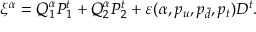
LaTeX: \xi ^ { \alpha } = Q _ { 1 } ^ { \alpha } { \cal P } _ { 1 } ^ { t } + Q _ { 2 } ^ { \alpha } { \cal P } _ { 2 } ^ { t } + \varepsilon ( \alpha , p _ { u } , p _ { \bar { d } } , p _ { t } ) { \cal D } ^ { t } .